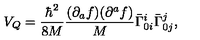
V _ { Q } = \frac { { \hbar } ^ { 2 } } { 8 M } \frac { ( \partial _ { a } f ) ( \partial ^ { a } f ) } { M } { \bar { \Gamma } } _ { 0 i } ^ { i } { \bar { \Gamma } } _ { 0 j } ^ { j } ,